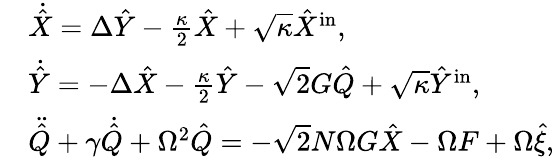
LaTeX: \begin{array}{rl}&{\dot{\hat{X}}=\Delta\hat{Y}-\frac{\kappa}{2}\hat{X}+\sqrt{\kappa}\hat{X}^{\mathrm{in}},}\\ &{\dot{\hat{Y}}=-\Delta\hat{X}-\frac{\kappa}{2}\hat{Y}-\sqrt{2}G\hat{Q}+\sqrt{\kappa}\hat{Y}^{\mathrm{in}},}\\ &{\ddot{\hat{Q}}+\gamma\dot{\hat{Q}}+\Omega^{2}\hat{Q}=-\sqrt{2}N\Omega G\hat{X}-\Omega F+\Omega\hat{\xi},}\end{array}